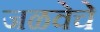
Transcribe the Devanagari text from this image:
जळवेचे